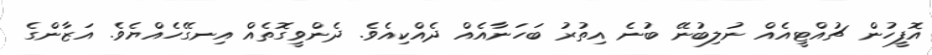
އޮފީހުން ޗުއްޓީއެއް ނުލިބުނޭ ބުނެ އިތުރު ބަހަނާއެއް ދެއްކިއެވެ. ދެންވީގޮތެއް އިނގޭހެއްޔެވެ. އަޒާންގެ